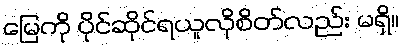
မြေကို ပိုင်ဆိုင်ရယူလိုစိတ်လည်း မရှိ။